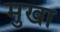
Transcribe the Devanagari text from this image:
मुखा